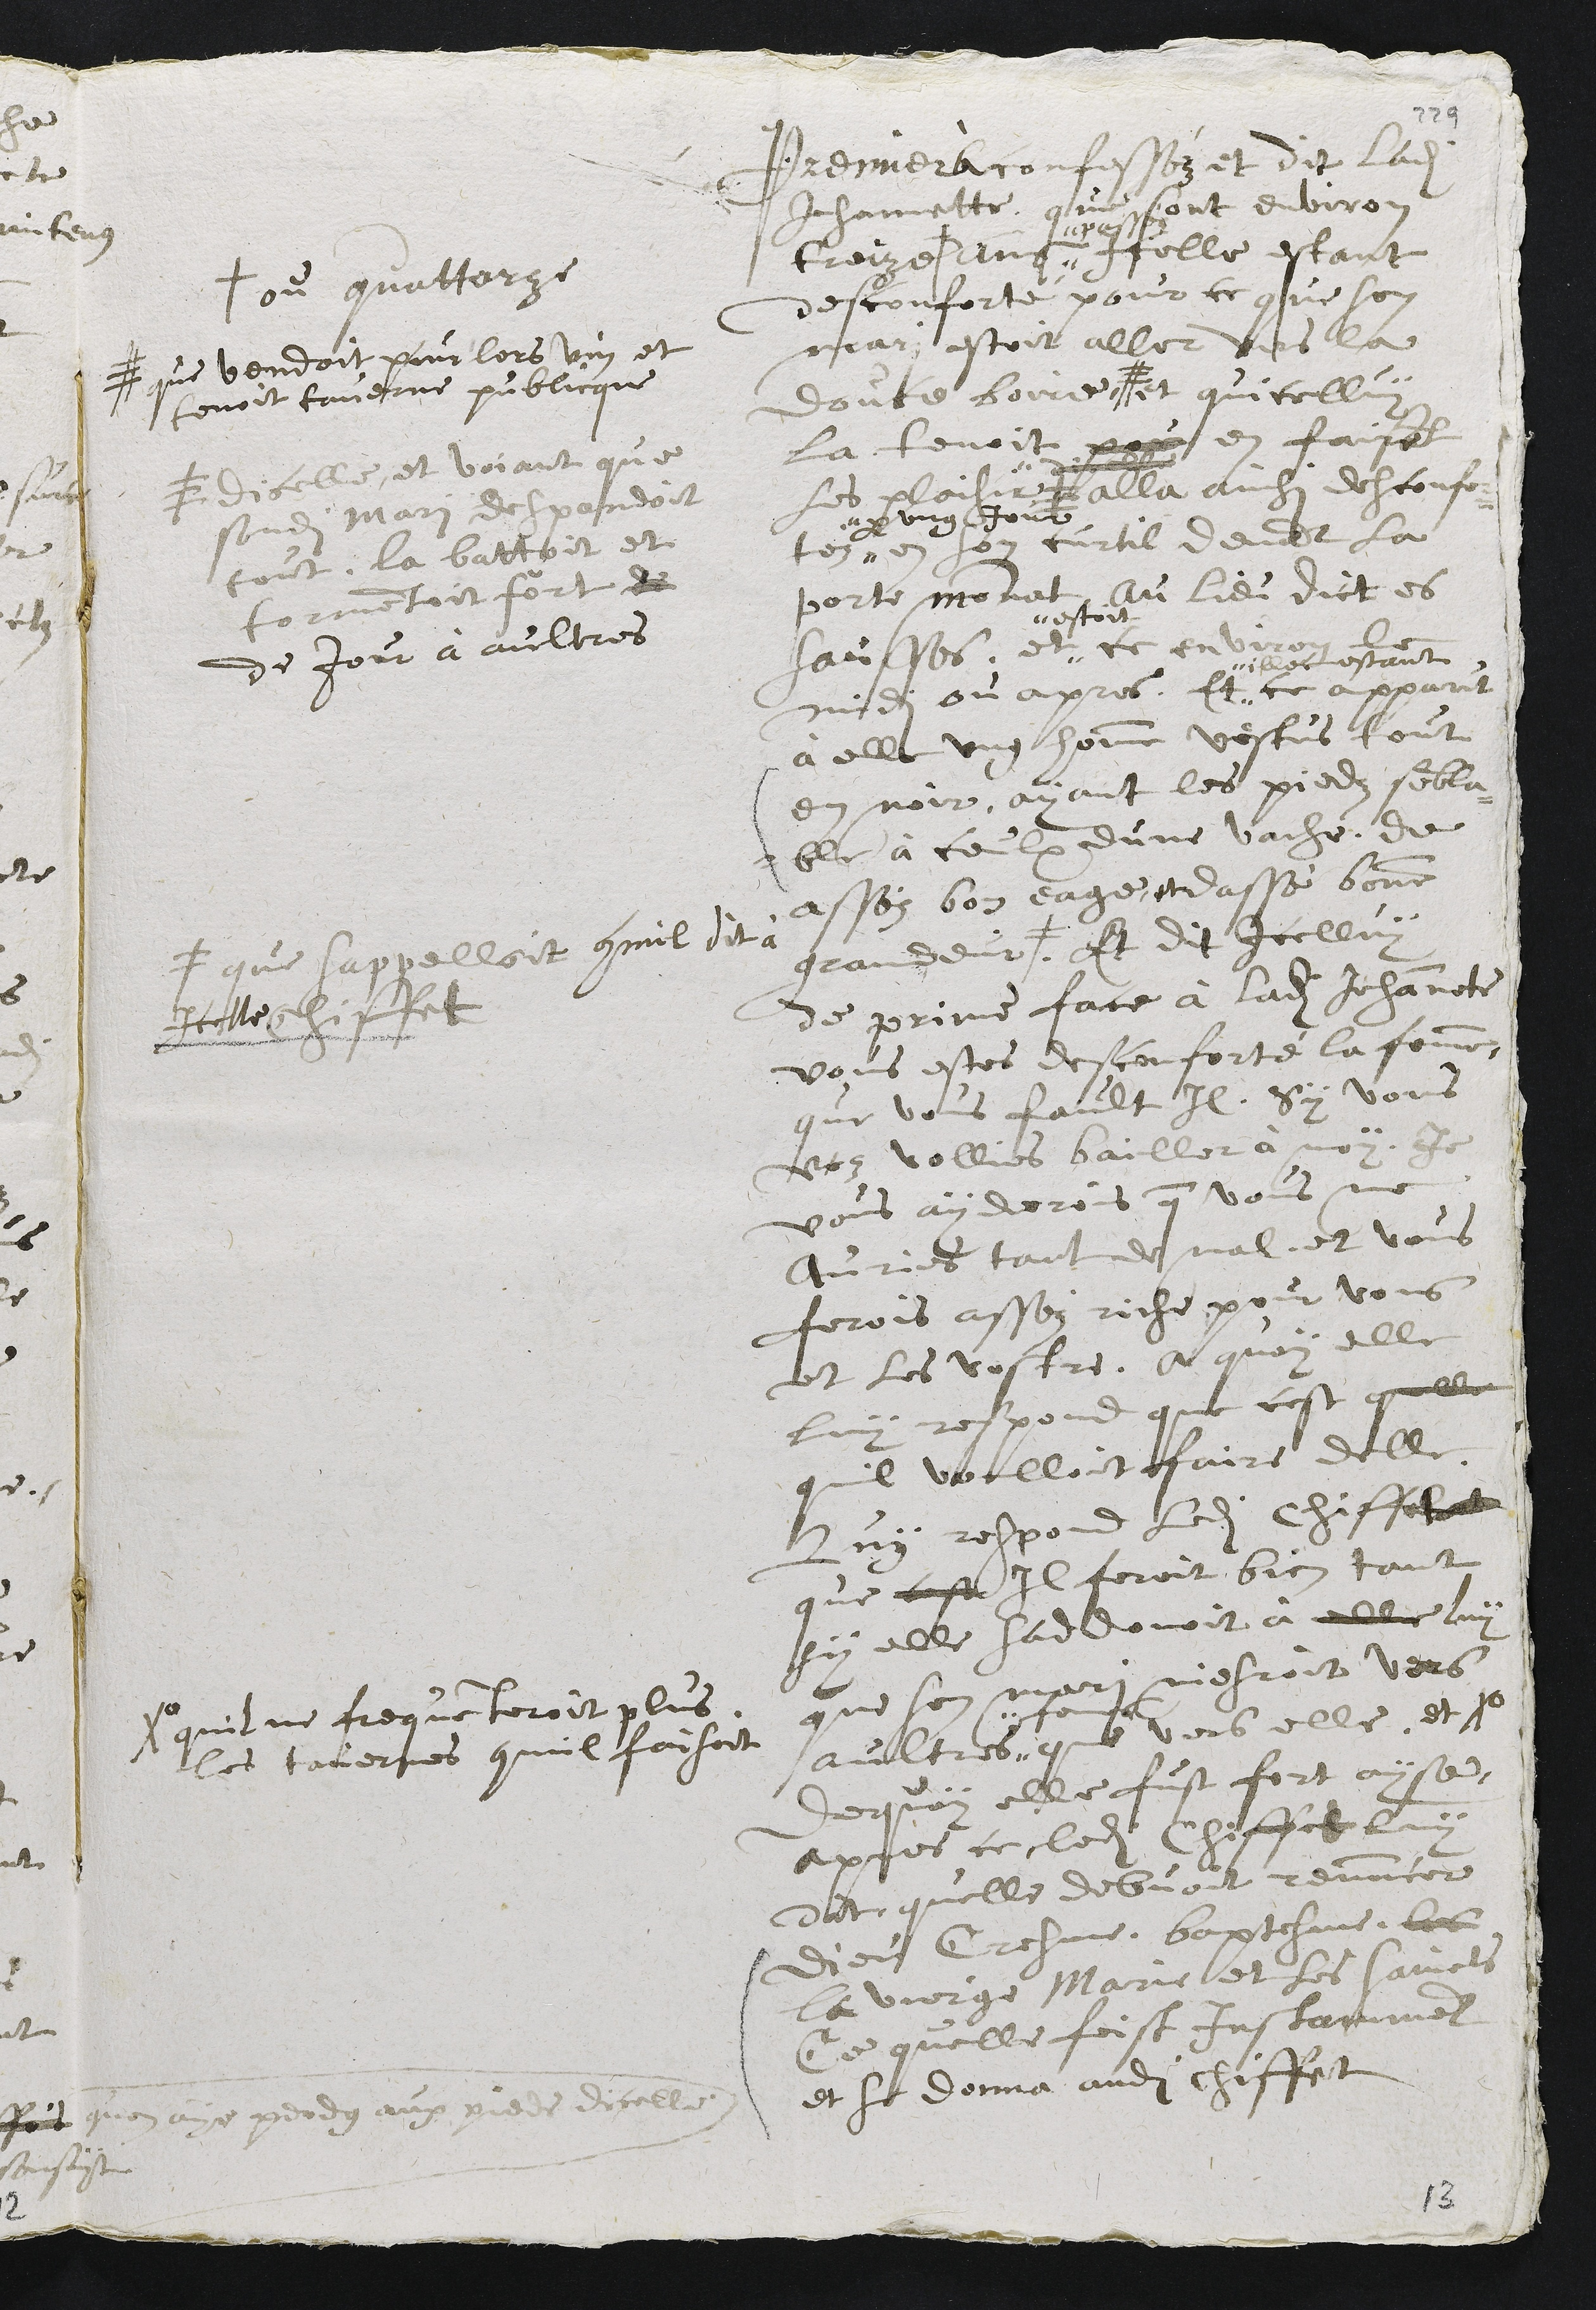
Premier à confesséz et dit ladite
Jehannette que sont environ
treize +
+ ou quattorze
ans "
" passéz
icelle estant
desconforté pour ce que son
mari estoit aller vers la
Douce boire #
# que vendoit pour lors vin et
tenoit taverne publicque
et quicelluy
la tenoit pour en faisent
les plaisir #
" dicelle
# dicelle, et voiant que
sondit mari despandoit
tout, la battoit et
tourmentoit fort de
de jour à aultres
alla ainsi desconfor
tez"
" par ung jour
en son curtil devant la
porte Monnat au lieu dit es
Sausses, et "
"estoit
ce environ le
midi ou apres. Et "
" illec estant
ce apparut
à elle ung homme vestus tout
en noir, ayant les pieds sembla-
- ble à ceulx dune vache, de
asséz bon eage, et dassé bonne
grandeur #.
# que sappelloit commil dit à
Icelle Chiffet
Et dit Icelluy
de prime face à ladite Jehannete
vous estes desconforté la femme,
que vous fault Il. Sy vous
voz vollies bailler à moy, je
vous ayderois que vous ne
auries tant de mal, et vous
ferois asséz riche pour vous
et les vostres. A quoy elle
luy respond que cest quelle
quil volloit faire delle.
Luy repond ledit Chiffet
que cest Il feroit bien tant
sy elle saddonoit à elle luy
que son mari niesroit vers
aultres"
" femes
que vers elle. et Xo
Xo quil ne frequenteroit plus
les tavernes quil faisoit
De quoy elle fust fort ayse,
après ce ledit Chiffet luy
dit, quelle debvoit rennuncer
Dieu Cresme, baptesme, les
la vierge Marie et ses saints
Ce quelle feist Instamment
et se donna audit chiffet
quon aye pendu aux pieds dicelle.